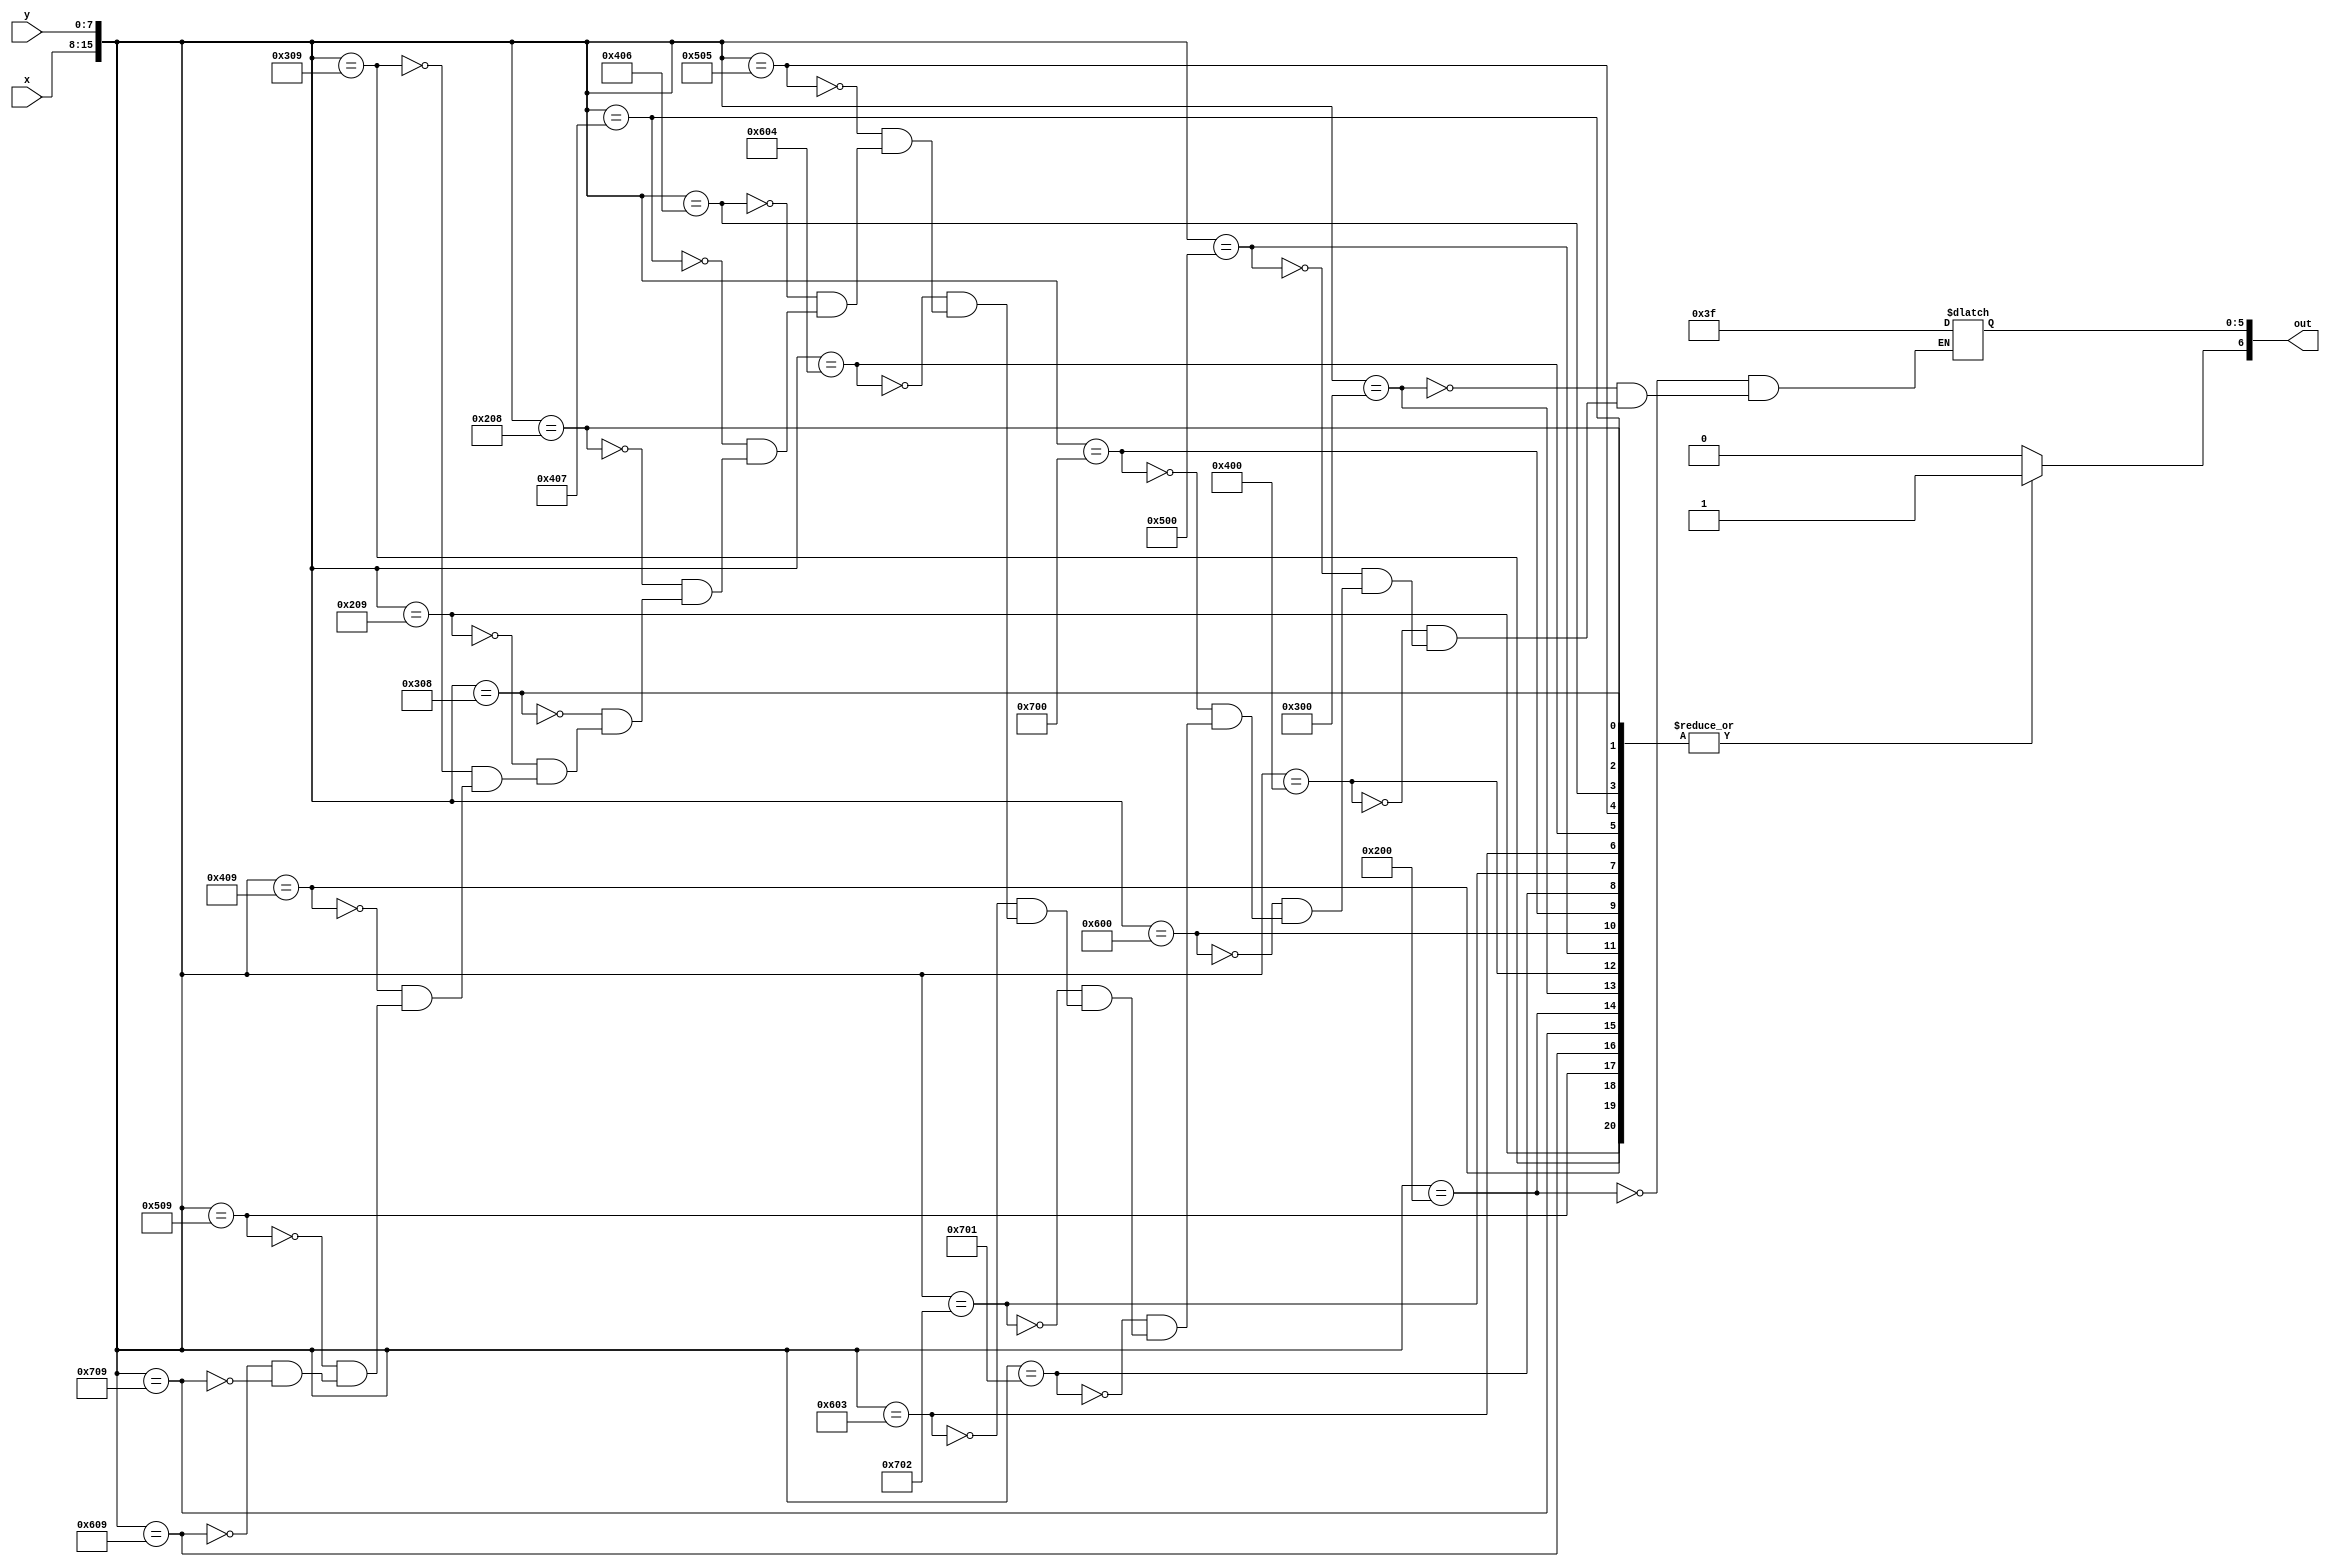
module char_z_lut(x, y, out);
	input [7:0] x;
	input [7:0] y;
	output reg [6:0] out;

	always@(*)
	begin
		out[6] <= 1'b1;
		case({x, y})
			16'h0200: out[5:0] <= 6'b111111;
			16'h0300: out[5:0] <= 6'b111111;
			16'h0400: out[5:0] <= 6'b111111;
			16'h0500: out[5:0] <= 6'b111111;
			16'h0600: out[5:0] <= 6'b111111;
			16'h0700: out[5:0] <= 6'b111111;
			
			16'h0701: out[5:0] <= 6'b111111;
			16'h0702: out[5:0] <= 6'b111111;
			16'h0603: out[5:0] <= 6'b111111;
			16'h0604: out[5:0] <= 6'b111111;
			16'h0505: out[5:0] <= 6'b111111;
			16'h0406: out[5:0] <= 6'b111111;
			16'h0407: out[5:0] <= 6'b111111;
			
			16'h0208: out[5:0] <= 6'b111111;
			16'h0308: out[5:0] <= 6'b111111;
		
			16'h0209: out[5:0] <= 6'b111111;
			16'h0309: out[5:0] <= 6'b111111;
			16'h0409: out[5:0] <= 6'b111111;
			16'h0509: out[5:0] <= 6'b111111;
			16'h0609: out[5:0] <= 6'b111111;
			16'h0709: out[5:0] <= 6'b111111;
			default: out[6] <= 1'b0;
		endcase
	end
endmodule
module char_z(x, y, flush_x, flush_y, colour, enable);
	input [7:0] x;
	input [7:0] y;
	input [7:0] flush_x;
	input [7:0] flush_y;
	
	output [5:0] colour;
	output enable;
	
	wire [6:0] lut_out;
	
	char_z_lut(flush_x - x, flush_y - y, lut_out);
	
	assign colour = lut_out[5:0];
	assign enable = lut_out[6];
endmodule